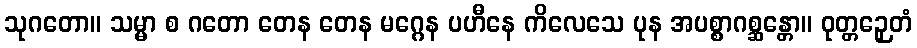
သုဂတော။ သမ္မာ စ ဂတော တေန တေန မဂ္ဂေန ပဟီနေ ကိလေသေ ပုန အပစ္စာဂစ္ဆန္တော။ ဝုတ္တဉှေတံ